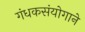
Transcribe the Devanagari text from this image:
गंधकसंयोगाने